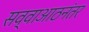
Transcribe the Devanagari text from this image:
सव्वाआठनंतर